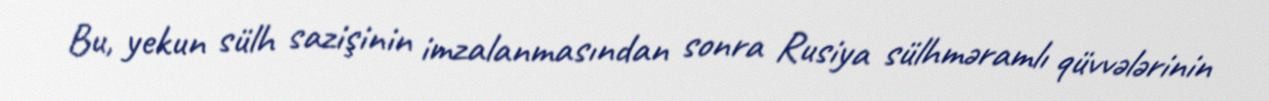
Bu, yekun sülh sazişinin imzalanmasından sonra Rusiya sülhməramlı qüvvələrinin